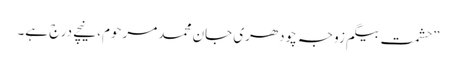
”حشمت بیگم زوجہ چودھری جان محمد مرحوم، نیچے درج ہے۔